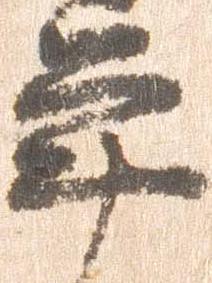
年